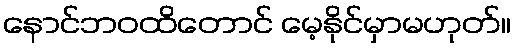
နောင်ဘဝထိတောင် မေ့နိုင်မှာမဟုတ်။